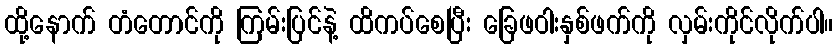
ထို့နောက် တံတောင်ကို ကြမ်းပြင်နဲ့ ထိကပ်စေပြီး ခြေဖဝါးနှစ်ဖက်ကို လှမ်းကိုင်လိုက်ပါ။